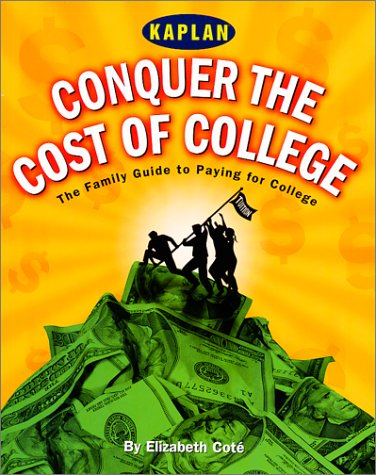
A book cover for Conquer the Cost of College: Strategies for Financial Aid (Kaplan Paying for College); Kaplan; Education & Teaching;